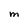
Character: M